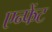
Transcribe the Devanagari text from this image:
एन्फेंट